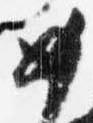
如